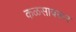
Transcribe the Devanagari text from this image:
कळसावरून